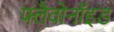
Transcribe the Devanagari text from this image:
फ्लैवोनॉइड